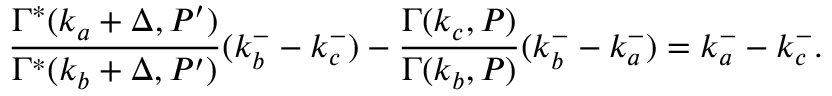
\frac { \Gamma ^ { * } ( k _ { a } + \Delta , P ^ { \prime } ) } { \Gamma ^ { * } ( k _ { b } + \Delta , P ^ { \prime } ) } ( k _ { b } ^ { - } - k _ { c } ^ { - } ) - \frac { \Gamma ( k _ { c } , P ) } { \Gamma ( k _ { b } , P ) } ( k _ { b } ^ { - } - k _ { a } ^ { - } ) = k _ { a } ^ { - } - k _ { c } ^ { - } .